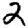
Digit: 2